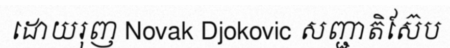
ដោយរុញ Novak Djokovic សញ្ជាតិស៊ែប